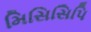
મિસિસિપિ